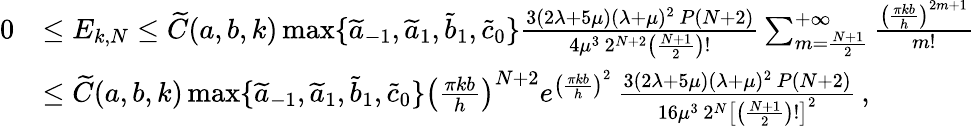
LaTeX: \begin{array}{rl}{0}&{\le E_{k,N}\le\widetilde C(a,b,k)\operatorname*{max}\{ \widetilde a_{-1},\widetilde a_{1},\widetilde b_{1},\widetilde c_{0}\} \frac{3(2\lambda+5\mu)(\lambda+\mu)^{2}\, P(N+2)}{4\mu^{3}\, 2^{N+2}\left(\frac{N+1}{2}\right)!}\sum_{m=\frac{N+1}{2}}^{+\infty}\frac{\left(\frac{\pi kb}{h}\right)^{2m+1}}{m!}}\\ &{\le\widetilde C(a,b,k)\operatorname*{max}\{ \widetilde a_{-1},\widetilde a_{1},\widetilde b_{1},\widetilde c_{0}\} \left(\frac{\pi kb}{h}\right)^{N+2}e^{\left(\frac{\pi kb}{h}\right)^{2}}\, \frac{3(2\lambda+5\mu)(\lambda+\mu)^{2}\, P(N+2)}{16\mu^{3}\, 2^{N}\left[\left(\frac{N+1}{2}\right)!\right]^{2}}\, ,}\end{array}